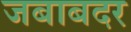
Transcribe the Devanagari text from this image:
जबाबदर